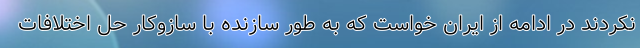
نکردند در ادامه از ایران خواست که به طور سازنده با سازوکار حل اختلافات